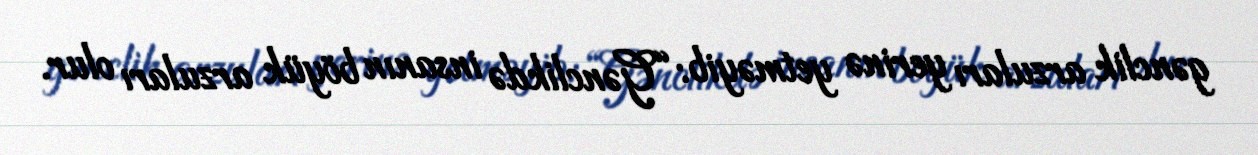
gənclik arzuları yerinə yetməyib: “Gənclikdə insanın böyük arzuları olur.